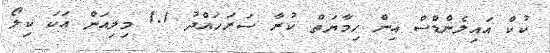
ކުކް އައިލެންޑްސް އިން ހިމާޔަތް ކުރާ ސަރަހައްދު 1.1 މިލިއަން އަކަ ކިލޯ